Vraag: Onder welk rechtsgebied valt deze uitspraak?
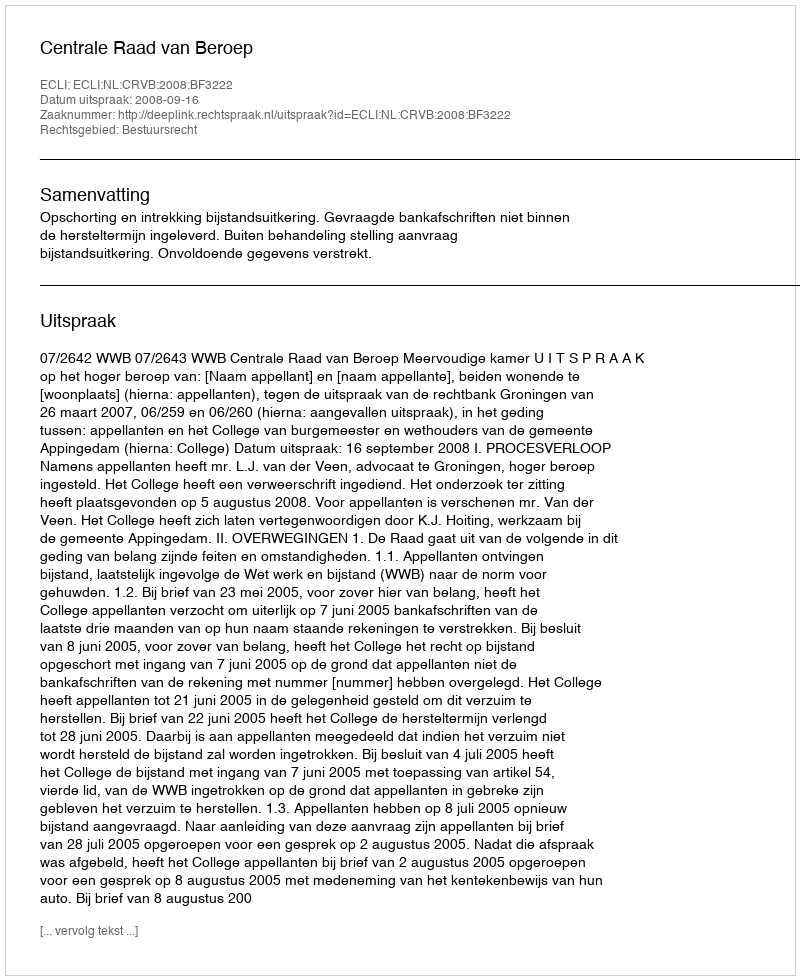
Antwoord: Bestuursrecht